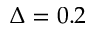
\Delta = 0 . 2